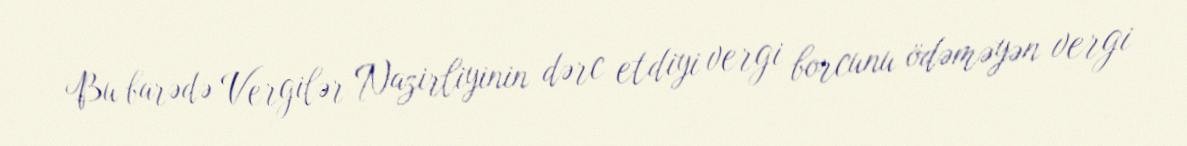
Bu barədə Vergilər Nazirliyinin dərc etdiyi vergi borcunu ödəməyən vergi